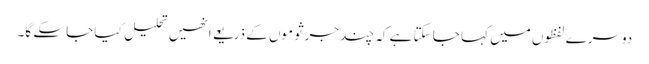
دوسرے لفظوں میں کہا جا سکتا ہے کہ چند جرثوموں کے ذریعے انھیں تحلیل کیا جا سکے گا۔